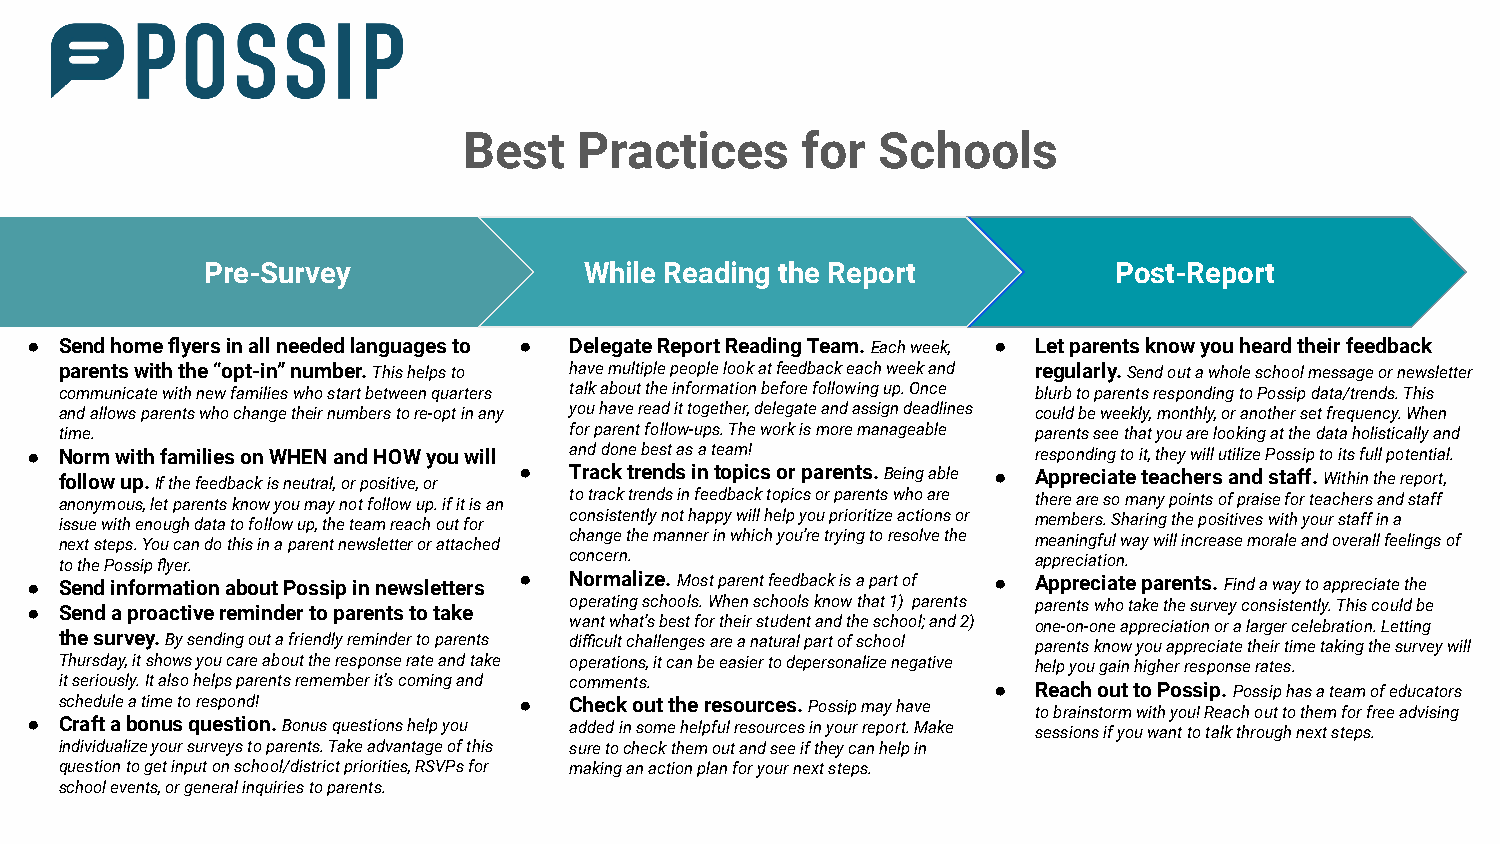
Best   Practices      for  Schools
 PreLL-ooSrreeummr 11vey  While ReadLoinregm t2he Report     PosLto-rReme p3ort
 ● Send home flyers in all needed languages to ● Delegate Report Reading Team. Each week, ● Let parents know you heard their feedback
 parents with the “opt-in” number. This helps to have multiple people look at feedback each week and regularly. Send out a whole school message or newsletter
 communicate with new families who start between quarters talk about the information before following up. Once blurb to parents responding to Possip data/trends. This
 and allows parents who change their numbers to re-opt in any you have read it together, delegate and assign deadlines could be weekly, monthly, or another set frequency. When
 time.                             for parent follow-ups. The work is more manageable parents see that you are looking at the data holistically and
 ● Norm with families on WHEN and HOW you will and done best as a team! responding to it, they will utilize Possip to its full potential.
 follow up. If the feedback is neutral, or positive, or ● Track trends in topics or parents. Being able ● Appreciate teachers and staff. Within the report,
 anonymous, let parents know you may not follow up. if it is an to track trends in feedback topics or parents who are there are so many points of praise for teachers and staff
 issue with enough data to follow up, the team reach out for consistently not happy will help you prioritize actions or members. Sharing the positives with your staff in a
 next steps. You can do this in a parent newsletter or attached change the manner in which you’re trying to resolve the meaningful way will increase morale and overall feelings of
 to the Possip flyer.              concern.                       appreciation.
 ● Send information about Possip in newsletters ● Normalize. Most parent feedback is a part of ● Appreciate parents. Find a way to appreciate the
 ● Send a proactive reminder to parents to take operating schools. When schools know that 1) parents parents who take the survey consistently. This could be
 want what’s best for their student and the school; and 2) one-on-one appreciation or a larger celebration. Letting
 the survey. By sending out a friendly reminder to parents difficult challenges are a natural part of school parents know you appreciate their time taking the survey will
 Thursday, it shows you care about the response rate and take operations, it can be easier to depersonalize negative help you gain higher response rates.
 it seriously. It also helps parents remember it’s coming and comments. ● Reach out to Possip. Possip has a team of educators
 schedule a time to respond!   ●   Check out the resources. Possip may have to brainstorm with you! Reach out to them for free advising
 ● Craft a bonus question. Bonus questions help you added in some helpful resources in your report. Make sessions if you want to talk through next steps.
 individualize your surveys to parents. Take advantage of this sure to check them out and see if they can help in
 question to get input on school/district priorities, RSVPs for making an action plan for your next steps.
 school events, or general inquiries to parents.